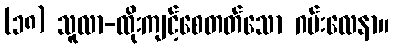
(၁၈) သူလာ-ထိုးကျင့်စေတတ်သော ဂမ်းလေနာ။